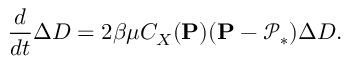
\frac { d } { d t } \Delta D = 2 \beta \mu C _ { X } ( \mathbf { P } ) ( \mathbf { P } - \mathcal { P } _ { * } ) \Delta D .